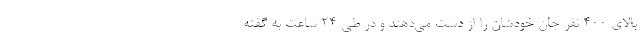
بالای ۴۰۰ نفر جان خودشان را از دست می‌دهند و در طی ۲۴ ساعت به گفته